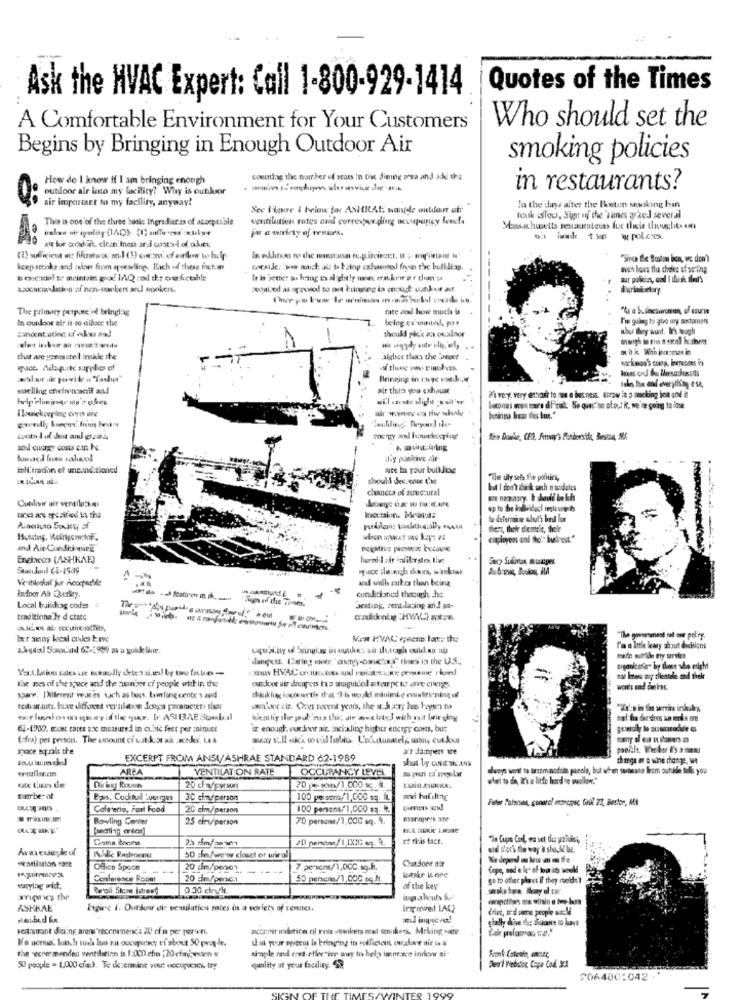
Quotes of the Times
Ask the HVAC Expert: Call 1-800-929-1414
Who should set the
A Comfortable Environment for Your Customers
Begins by Bringing in Enough Outdoor Air
smoking policies
How do I know if I am bringing enough
counting the panther of stars In the dining area and ade tha
outdoor air into my facility? Why is outdoor
in restaurants?
air important to my facility, anyway!
Sec l'igure I below for ASHRAE sanple outdoor atr
In the days after the Boston snaking han
This is one of the three bask Ingrediet zs of acceptable
entiletien rates and corresponding occupaticy feels
took aTou, Sigt of the 'Times asked several
far a vericty of wvmao's.
Massachusetts restaurateurs for their thoughts on
twede 1 5 w pol.cscs.
"Since the Boston ben, we don't
keep secoke and aloes from apseseling. Each of these factor
beckbl te maintain good 1/Q zad the or fresh!e
aur policias, cod I think ilear's
woocanadacko of nen-snackers and smokers.
poquivod as eproved to net bringing in mnougt conkur at.
The primary purpose of bringlag
rate and how much is
in outdoor air is so diface the
beiog ca united, gor
l'in guang to give my costomers
should pkk aa oualaor
abus they wunit. It's tough
that ave yonasatel insale the
alyber than the Sameer
warkmod's comp. inmendes in
auce. Adepuisc sapplies of
Ines ord to Menachasds
Bringing in chye conduce
Air than you exhaust
sales lia and everything ese,
will .ste slijst -sull'w
Wi way very ethalt to ran a bus ness. throw in 5 sucking bon ondit
lecomes won more dificul. No question oto. it, we're going to dose
Seuhling: Beyond ile
conta lol dos and goes
megy mal hacking
add energy costs en Fe
aliy poskive dir-
tohi.tradon of uneanditioned
auce In your building
should dec.come this
"The uly sels fle patkuins,
chancca of structural
up to The individacl restcue ts
tres are specified in the
houtsion. Melatua:
la defermi ne chut's best los
Aunaiuto Society of
thert, thek diemele, their
ciaployeos and tho's business."
and Air-Condiecinning
Enelets (ASHKAE)
Sery Suina, muper
and wall mikes than being
conditioned thecuph che
Local building codes
aeating, sentilacing and as-
traditiona hy d etate
-
Ler any local codes krve
Men HVAC Facts ton. the
"The goesesmest est our pol'ry.
akses Scanund 62-2999 as a guideline.
l'a a inle leary shout decisions
danpers. Boeing moce"antyy-omuchas" rines in the U.S .,
mede acelle my service
the nes of the souce and the aun'ser ci peopk with in the
not liness my dientele and their
wont's end desires.
spare. INlevent veut es such as buss. tamling cente'> and
thinklugg tocontentis that I.b would minimbe omaliticning of
62-1980. most cates ase measured in cubic feet per minute
ir enough, outdoor air, incikling higher energy cons, but
(fra) per person. The amount ci ustkor uit .acc. La
space sprals the
a't dampers te
poeiklt. Werhor I's 3 menu
EXCERPT FROM ANSI/ASHRAE STANDARD 62-1989
shut by contac.Aus
charge er a wine change, we
AREA
VENTILATION RATE
OCCUPANCY LEVEL
always went to arcomaodol parole, but when someone from outside tell you
whet to de, I' o litte hard to wollen."
tate Lines tee
Diriny Roune
20 chafperson
70 -11/1,000 x 4.
tarbe- of
Pas. Codtud Lounges
3C cinyiperson
100 persons/1,000 sq. IL.
andi huliling
Fator Palarsen, gunarel morcper, Gril 22, Bestor, Att
Cafeteria, Fast Food
2C clm/person
100 persons/1,000 g.I.
- faxinv.m
Bowling Center
25 cim/person
70 personas/1,000 sq. 4.
Cama tens
10 persone/1,13:0 mq 4
et this fact.
endl shots the way i sho,& be.
WWartistion tart
50 cm/wo'or closet or uriral
Catdoor dir
We depend on low in en te
Office Space
--
20 dm/peso1
- ----
7 pericm/1,00℃ sg.k.
Cope, and e les of too its would
Conference Roomt
20 am/pmc.
59 paracas /1,000 sq M
Laske is one
go to other places il they meldal
varylag øict.
Re'oli Sicos istreet
0.30 cinyfit.
of the key
xripnicy the
ASHRAE"
Figure 1. Outdoor die ventilaticu rates in a variety of renates.
Imponved LAL2
drive, ted some people at: M
gladly dive the Siskonce to have
accorer indetice ol rosa -awikers mal senakers, Making sure
le acero. Jun. h musa lus ru occupancy ei about 50 people.
un your system is bringing in sufficient oudare air, la #
the recover mendes ventilation is 1.000 chin (20 cfajansen
single nad eret effective awy to help tos newce indoor si
50 people - 1,000 cfa). Te dermine vou: occupoch, ty
quality at your facility: 59
Dea'l Website Cape Cod. X24
206400:042.